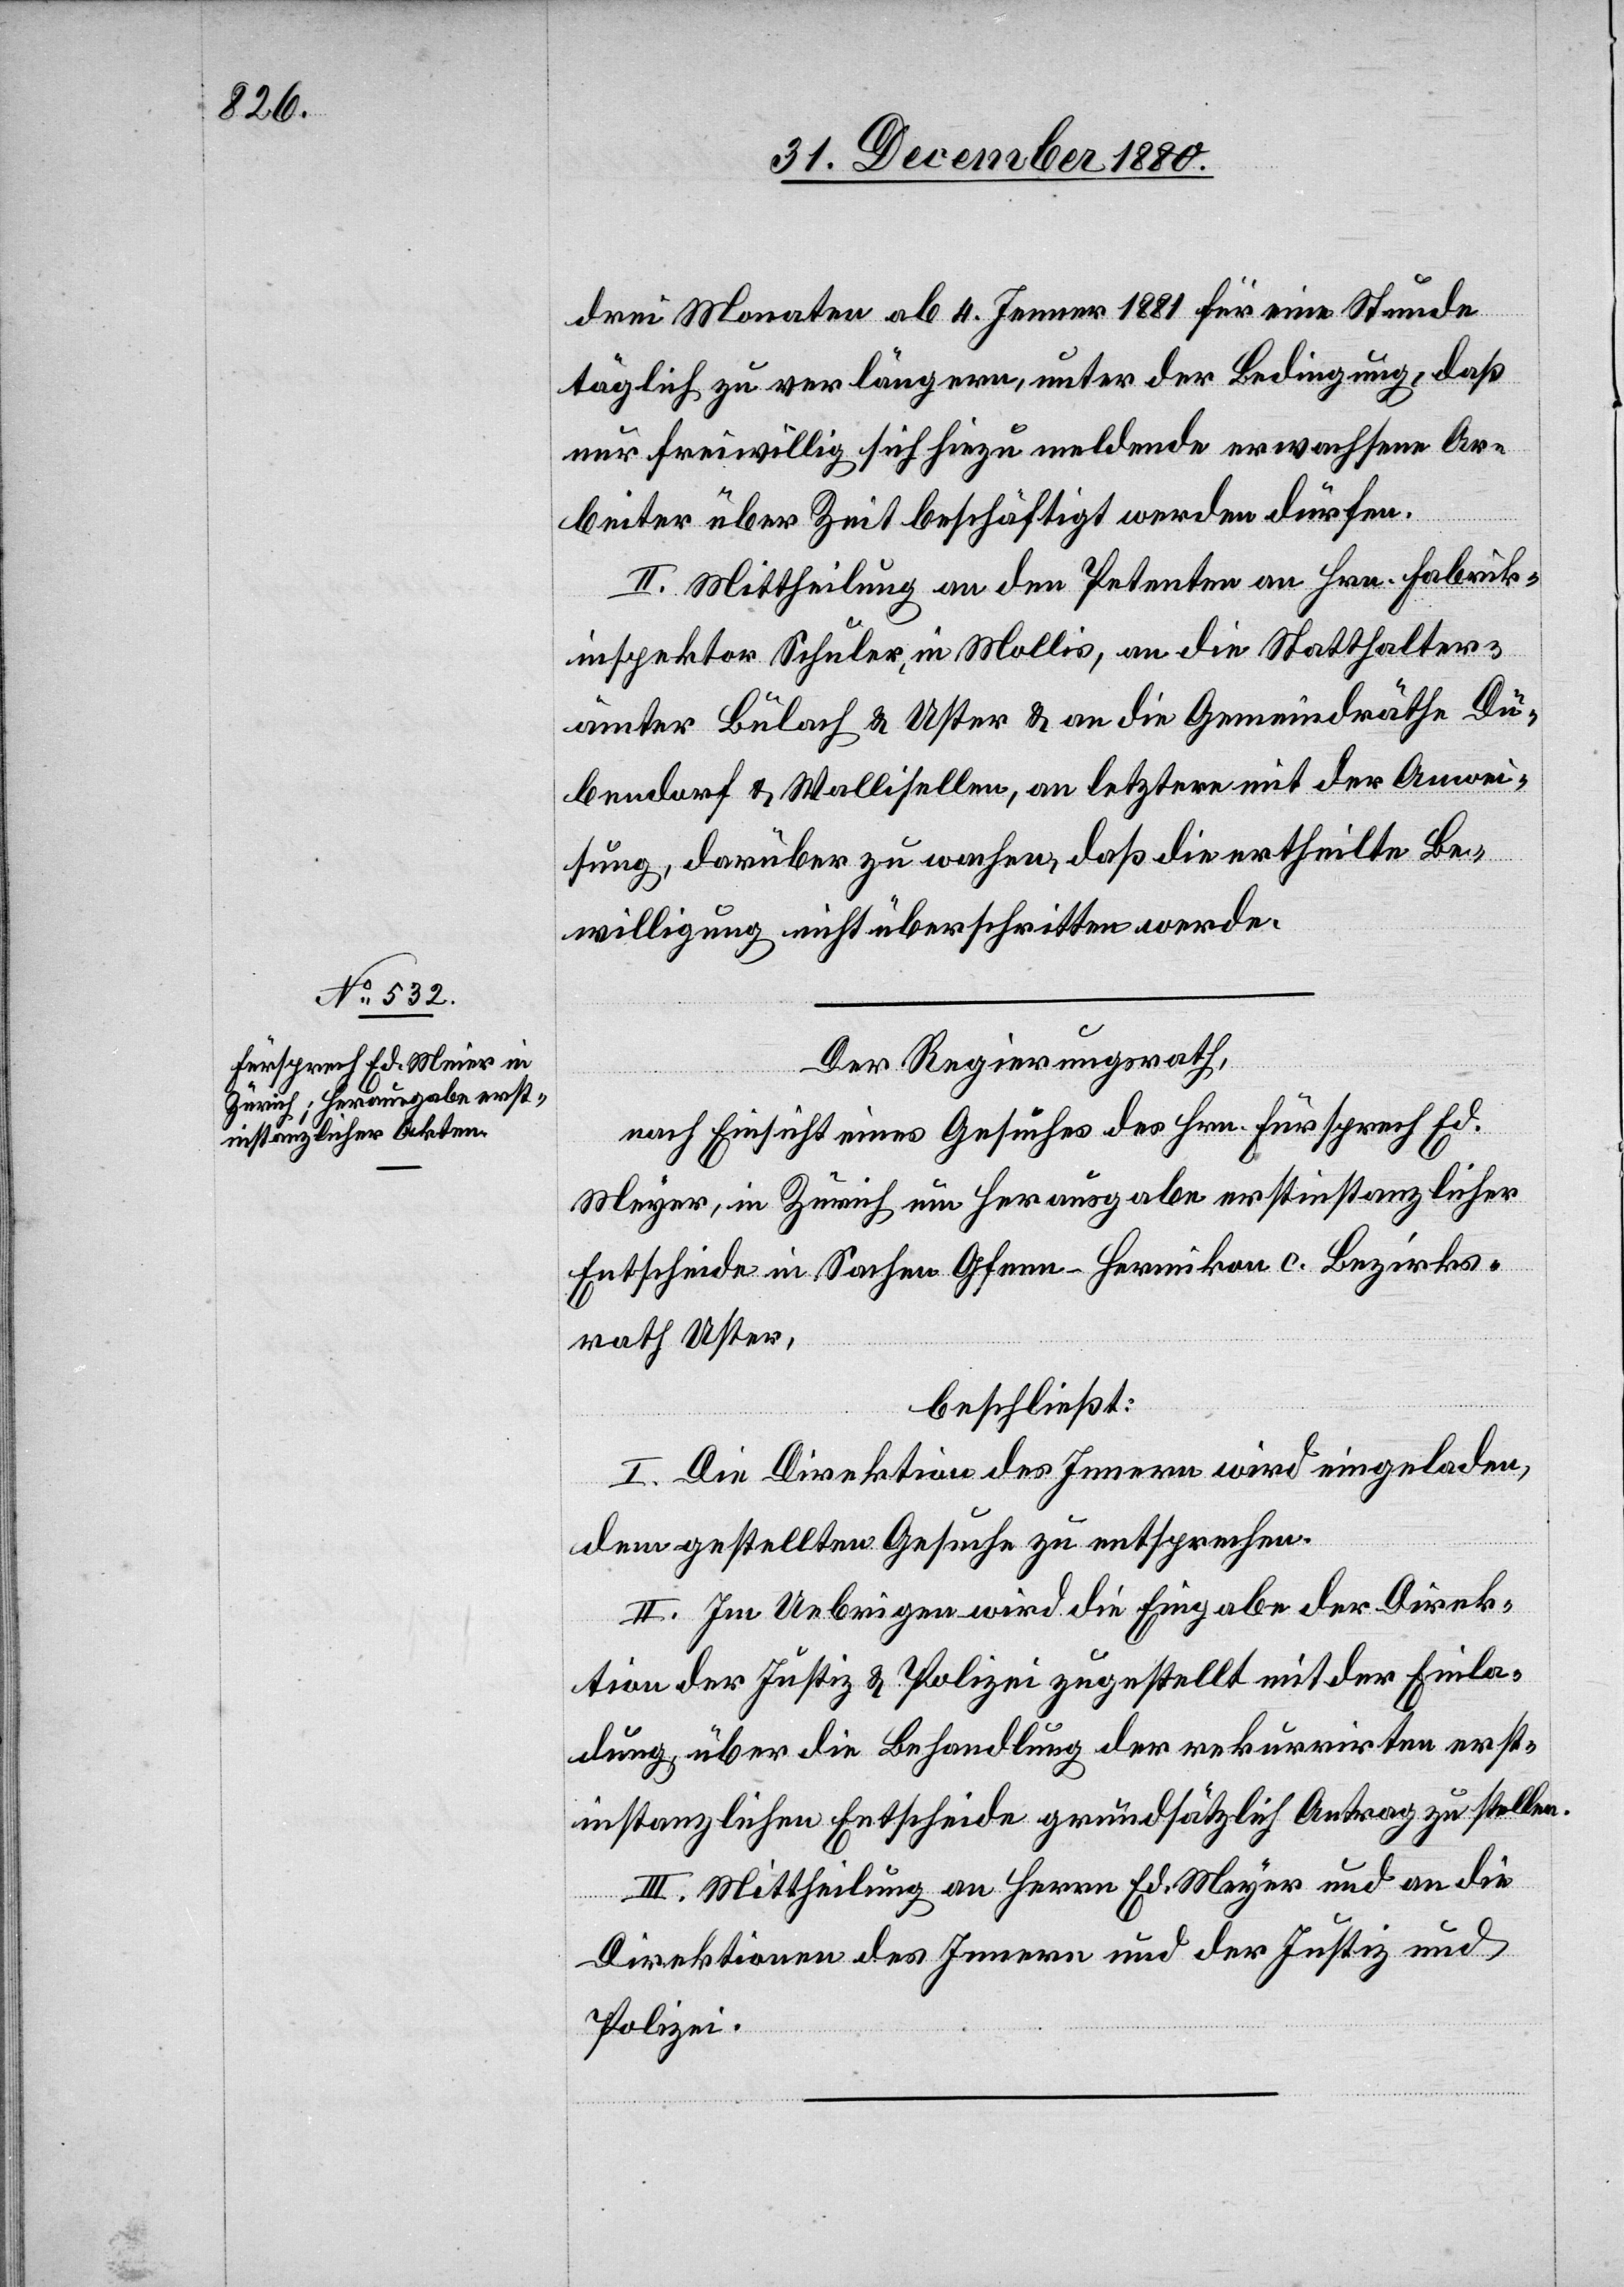
drei Monaten ab 4. Jenner 1881 für eine Stunde
täglich zu verlängern, unter der Bedingung, daß
nur freiwillig sich hiezu meldende erwachsene Ar¬
beiter über Zeit beschäftigt werden dürfen.
II. Mittheilung an den Petenten an Hrn. Fabrik¬
inspektor Schuler, in Mollis, an die Statthalter¬
ämter Bülach & Uster & an die Gemeindräthe Dü¬
bendorf & Wallisellen, an letztere mit der Anwei¬
sung, darüber zu wachen, daß die ertheilte Be¬
willigung nicht überschritten werde.
Der Regierungsrath,
nach Einsicht eines Gesuches des Hrn. Fürsprech Ed.
[sic!], in Zürich um Herausgabe erstinstanzlicher
Entscheide in Sachen Gfenn - Hermikon c. Bezirks¬
rath Uster,
beschließt:
I. Die Direktion des Innern wird eingeladen,
dem gestellten Gesuche zu entsprechen.
II. Im Uebrigen wird die Eingabe der Direk¬
tion der Justiz & Polizei zugestellt mit der Einla¬
dung, über die Behandlung der rekurrirten erst¬
instanzlichen Entscheide grundsätzlich Antrag zu stellen.
III. Mittheilung an Herrn Ed. Meyer und an die
Direktionen des Innern und der Justiz und
Polizei.